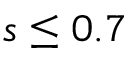
s \leq 0 . 7